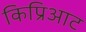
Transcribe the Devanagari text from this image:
किप्रिआट